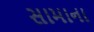
સામાના